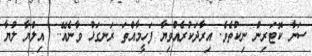
ސަނާ ކޮޓަރިން ނިކުތެވެ. އިރާދަކުރެއްވިޔާ ފަހީމާއްތަ ރަނގަޅު ވާނެއޭ..  އިލްޔާ ލުޔާ